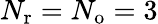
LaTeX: {N_{\mathrm{r}}}={N_{\mathrm{o}}}=3